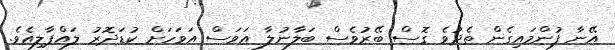
އޭނާ ފުންމައިގެން ތެދުވެ ގޮސް ބޭރުވެސް ބަލާނުލާ އަވަސް އަވަހަށް ކުޑަދޮރު ލައްޕާލިއެވެ.